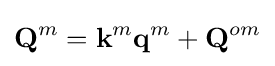
\mathbf {Q} ^{m}=\mathbf {k} ^{m}\mathbf {q} ^{m}+\mathbf {Q} ^{om}